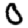
Digit: 0